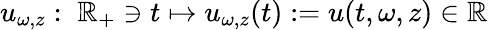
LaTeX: u_{\omega,z}:\; \mathbb{R}_{+}\ni t\mapsto u_{\omega,z}(t):=u(t,\omega,z)\in\mathbb{R}